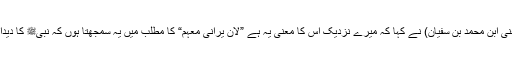
ابو اسحاق (یعنی ابن محمد بن سفیان) نے کہا کہ میرے نزدیک اس کا معنی یہ ہے ”لان یرانی معہم“ کا مطلب میں یہ سمجھتا ہوں کہ نبیﷺ کا دیدا ر مقدم ہو گا۔